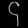
Digit: ၄